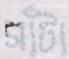
সাঁটা